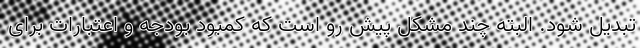
تبدیل شود. البته چند مشکل پیش ‌رو است که کمبود بودجه و اعتبارات برای